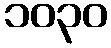
၁၀၃၀